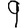
Digit: 9